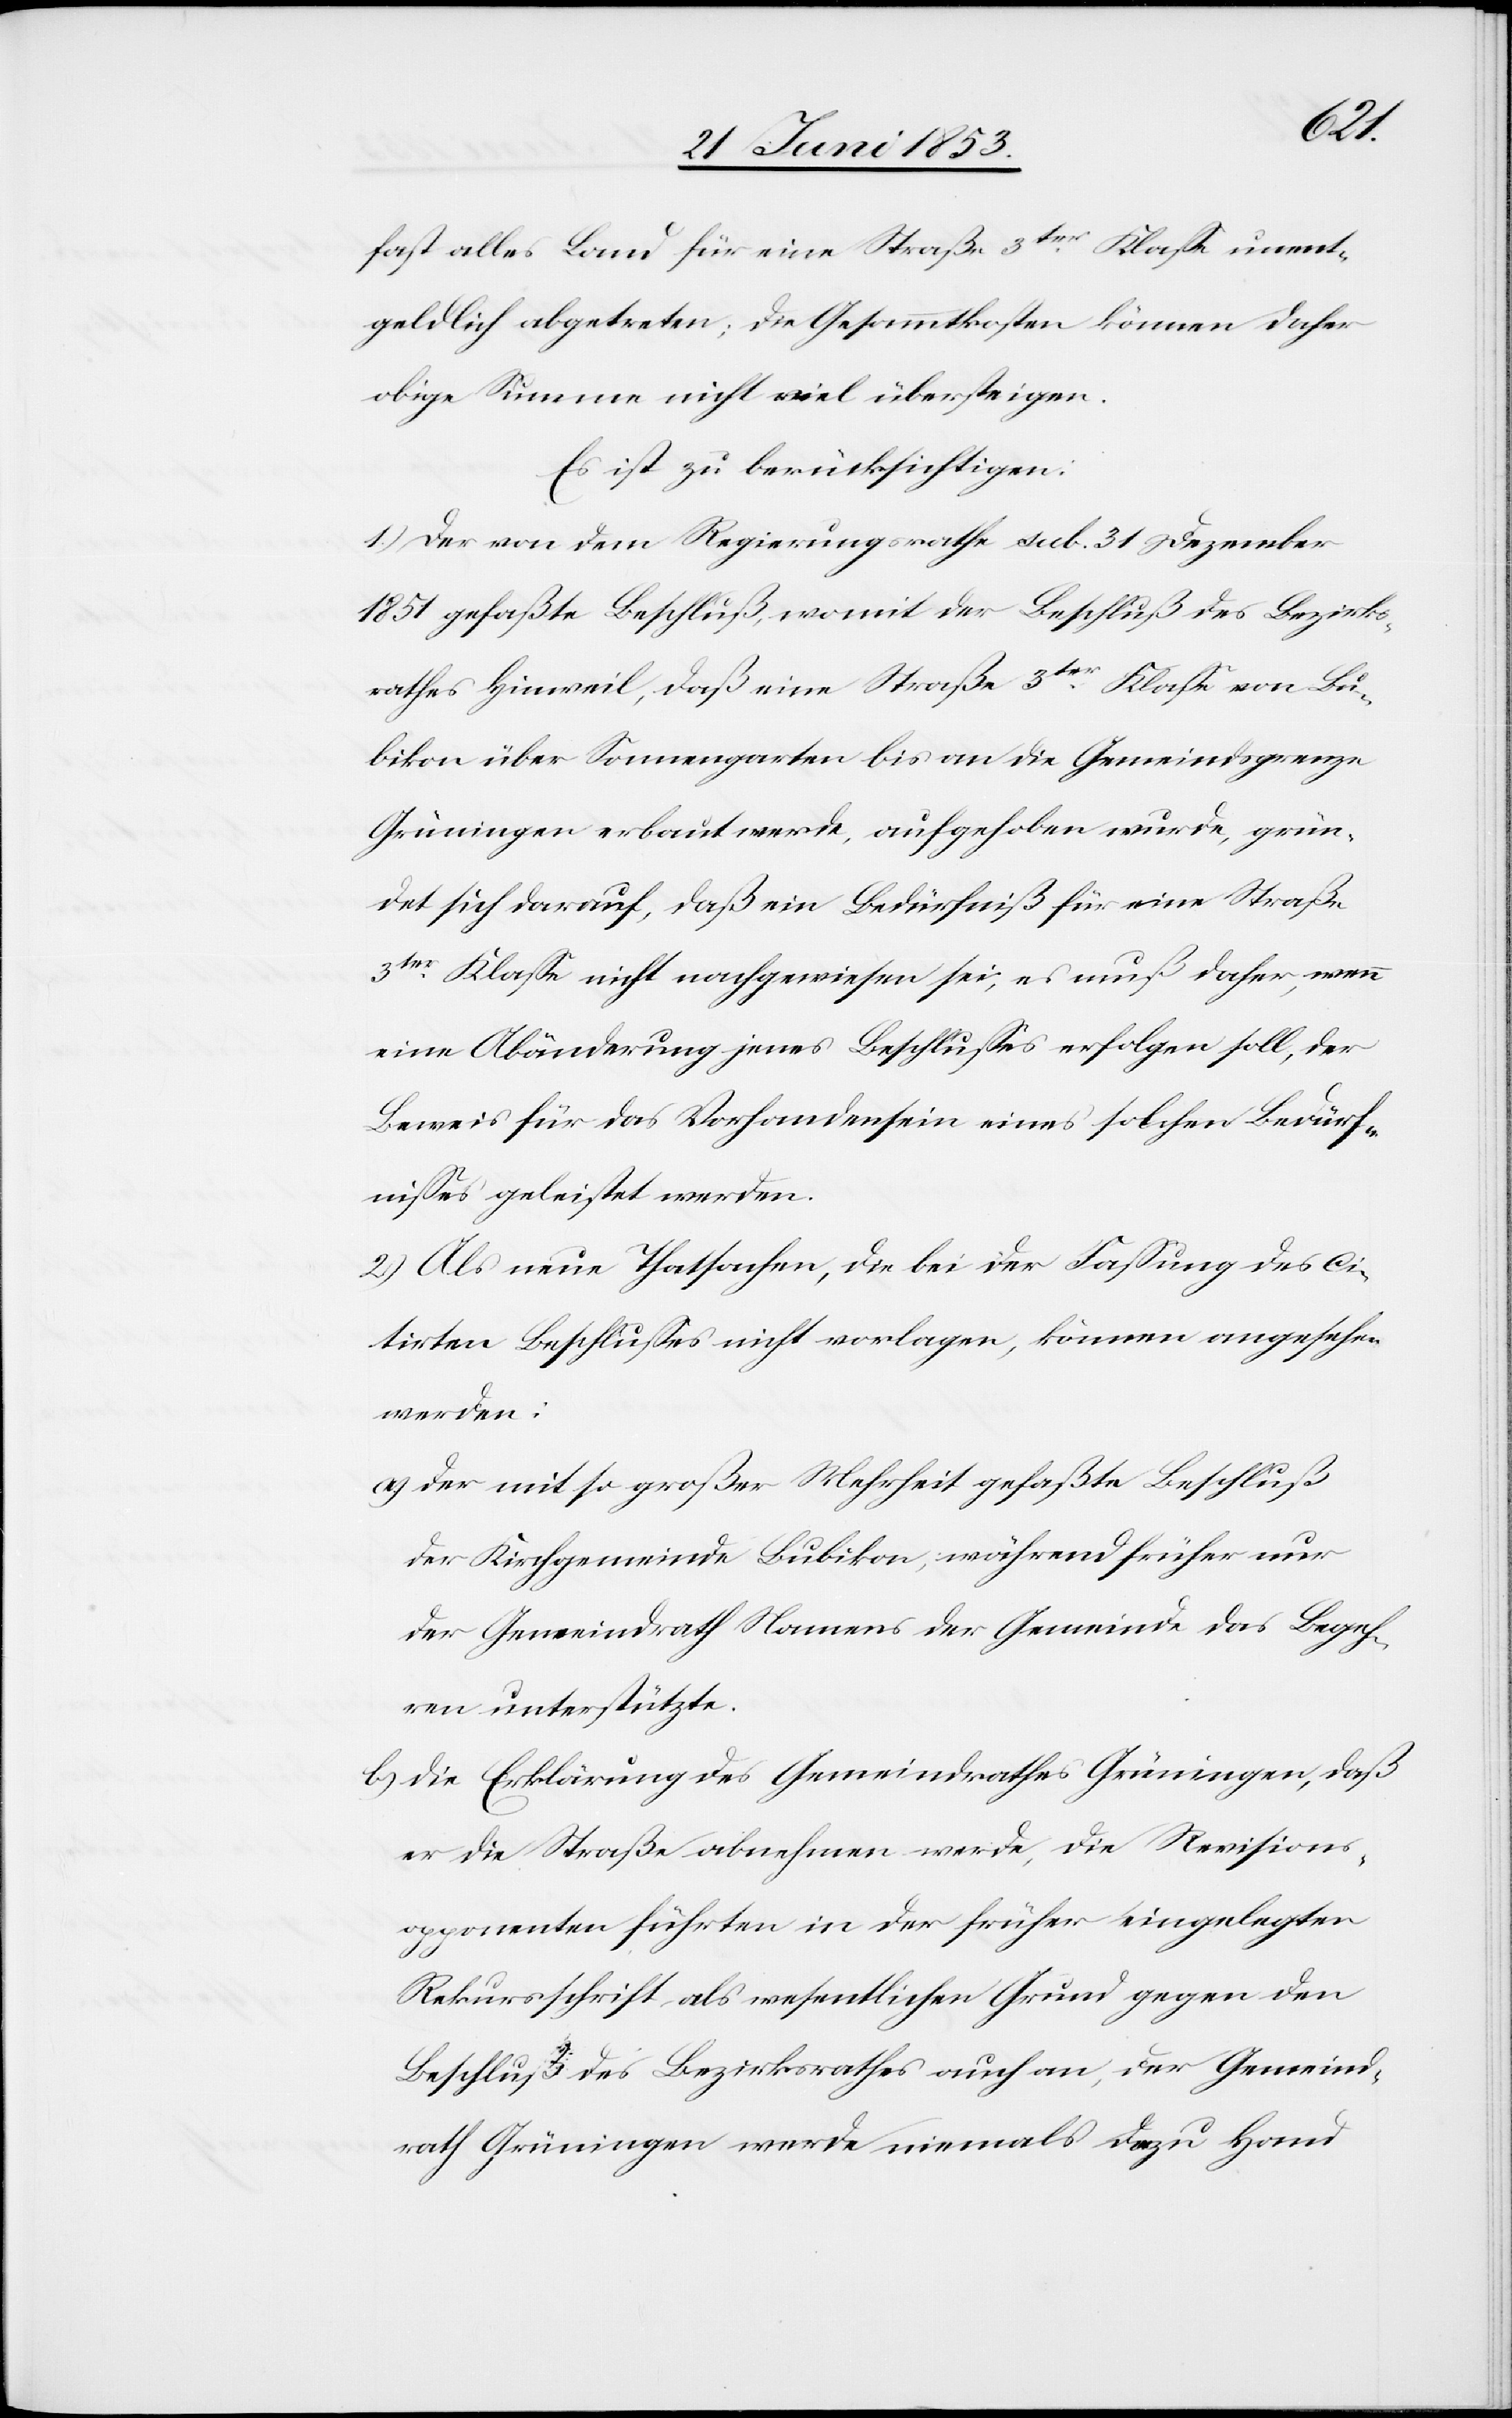
fast alles Land für eine Straße 3ter. Klaße unent¬
geldlich abgetreten; die Gesammtkosten können daher
obige Summe nicht viel übersteigen.
Es ist zu berücksichtigen:
1.) Der von dem Regierungsrathe sub. 31 Dezember
1851 gefaßte Beschluß, womit der Beschluß des Bezirks¬
rathes Hinweil, daß eine Straße 3ter. Klaße von Bu¬
bikon über Sonnengarten bis an die Gemeindsgrenze
Grüningen erbaut werde, aufgehoben wurde, grün¬
det sich darauf, daß ein Bedürfniß für eine Straße
3ter. Klaße nicht nachgewiesen sei, es muß daher, wenn
eine Abänderung jenes Beschlußes erfolgen soll, der
Beweis für das Vorhandensein eines solchen Bedürf¬
nißes geleistet werden.
2.) Als neue Thatsachen, die bei der Faßung des ci¬
tirten Beschlußes nicht vorlagen, können angesehen
werden:
a.) Der mit so großer Mehrheit gefaßte Beschluß
der Kirchgemeinde Bubikon, während früher nur
der Gemeindrath Namens der Gemeinde das Begeh¬
ren unterstützte.
b.) Die Erklärung des Gemeindrathes Grüningen, daß
er die Straße abnehmen werde, die Revisions¬
opponenten führten in der früher eingelegten
Rekursschrift als wesentlichen Grund gegen den
Beschluß des Bezirksrathes auch an, der Gemeind¬
rath Grüningen werde niemals dazu Hand